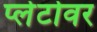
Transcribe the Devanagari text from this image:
प्लेटोवर